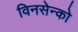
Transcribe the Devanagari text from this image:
विनसेन्को